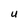
Character: u